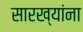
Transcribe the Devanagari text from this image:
सारख्यांना